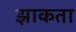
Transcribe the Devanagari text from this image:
झाकता